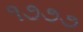
૧૭૭૭